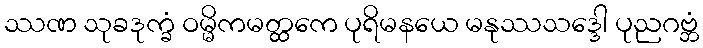
ဿဏ သုခဒုက္ခံ ဝမ္မိကမတ္ထကေ ပုရိမနယေ မနုဿသဒ္ဒေါ ပုညဂဗ္ဘံ